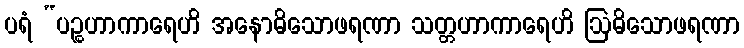
ပရံ “ပဉ္စဟာကာရေဟိ အနောဓိသောဖရဏာ သတ္တဟာကာရေဟိ ဩဓိသောဖရဏာ